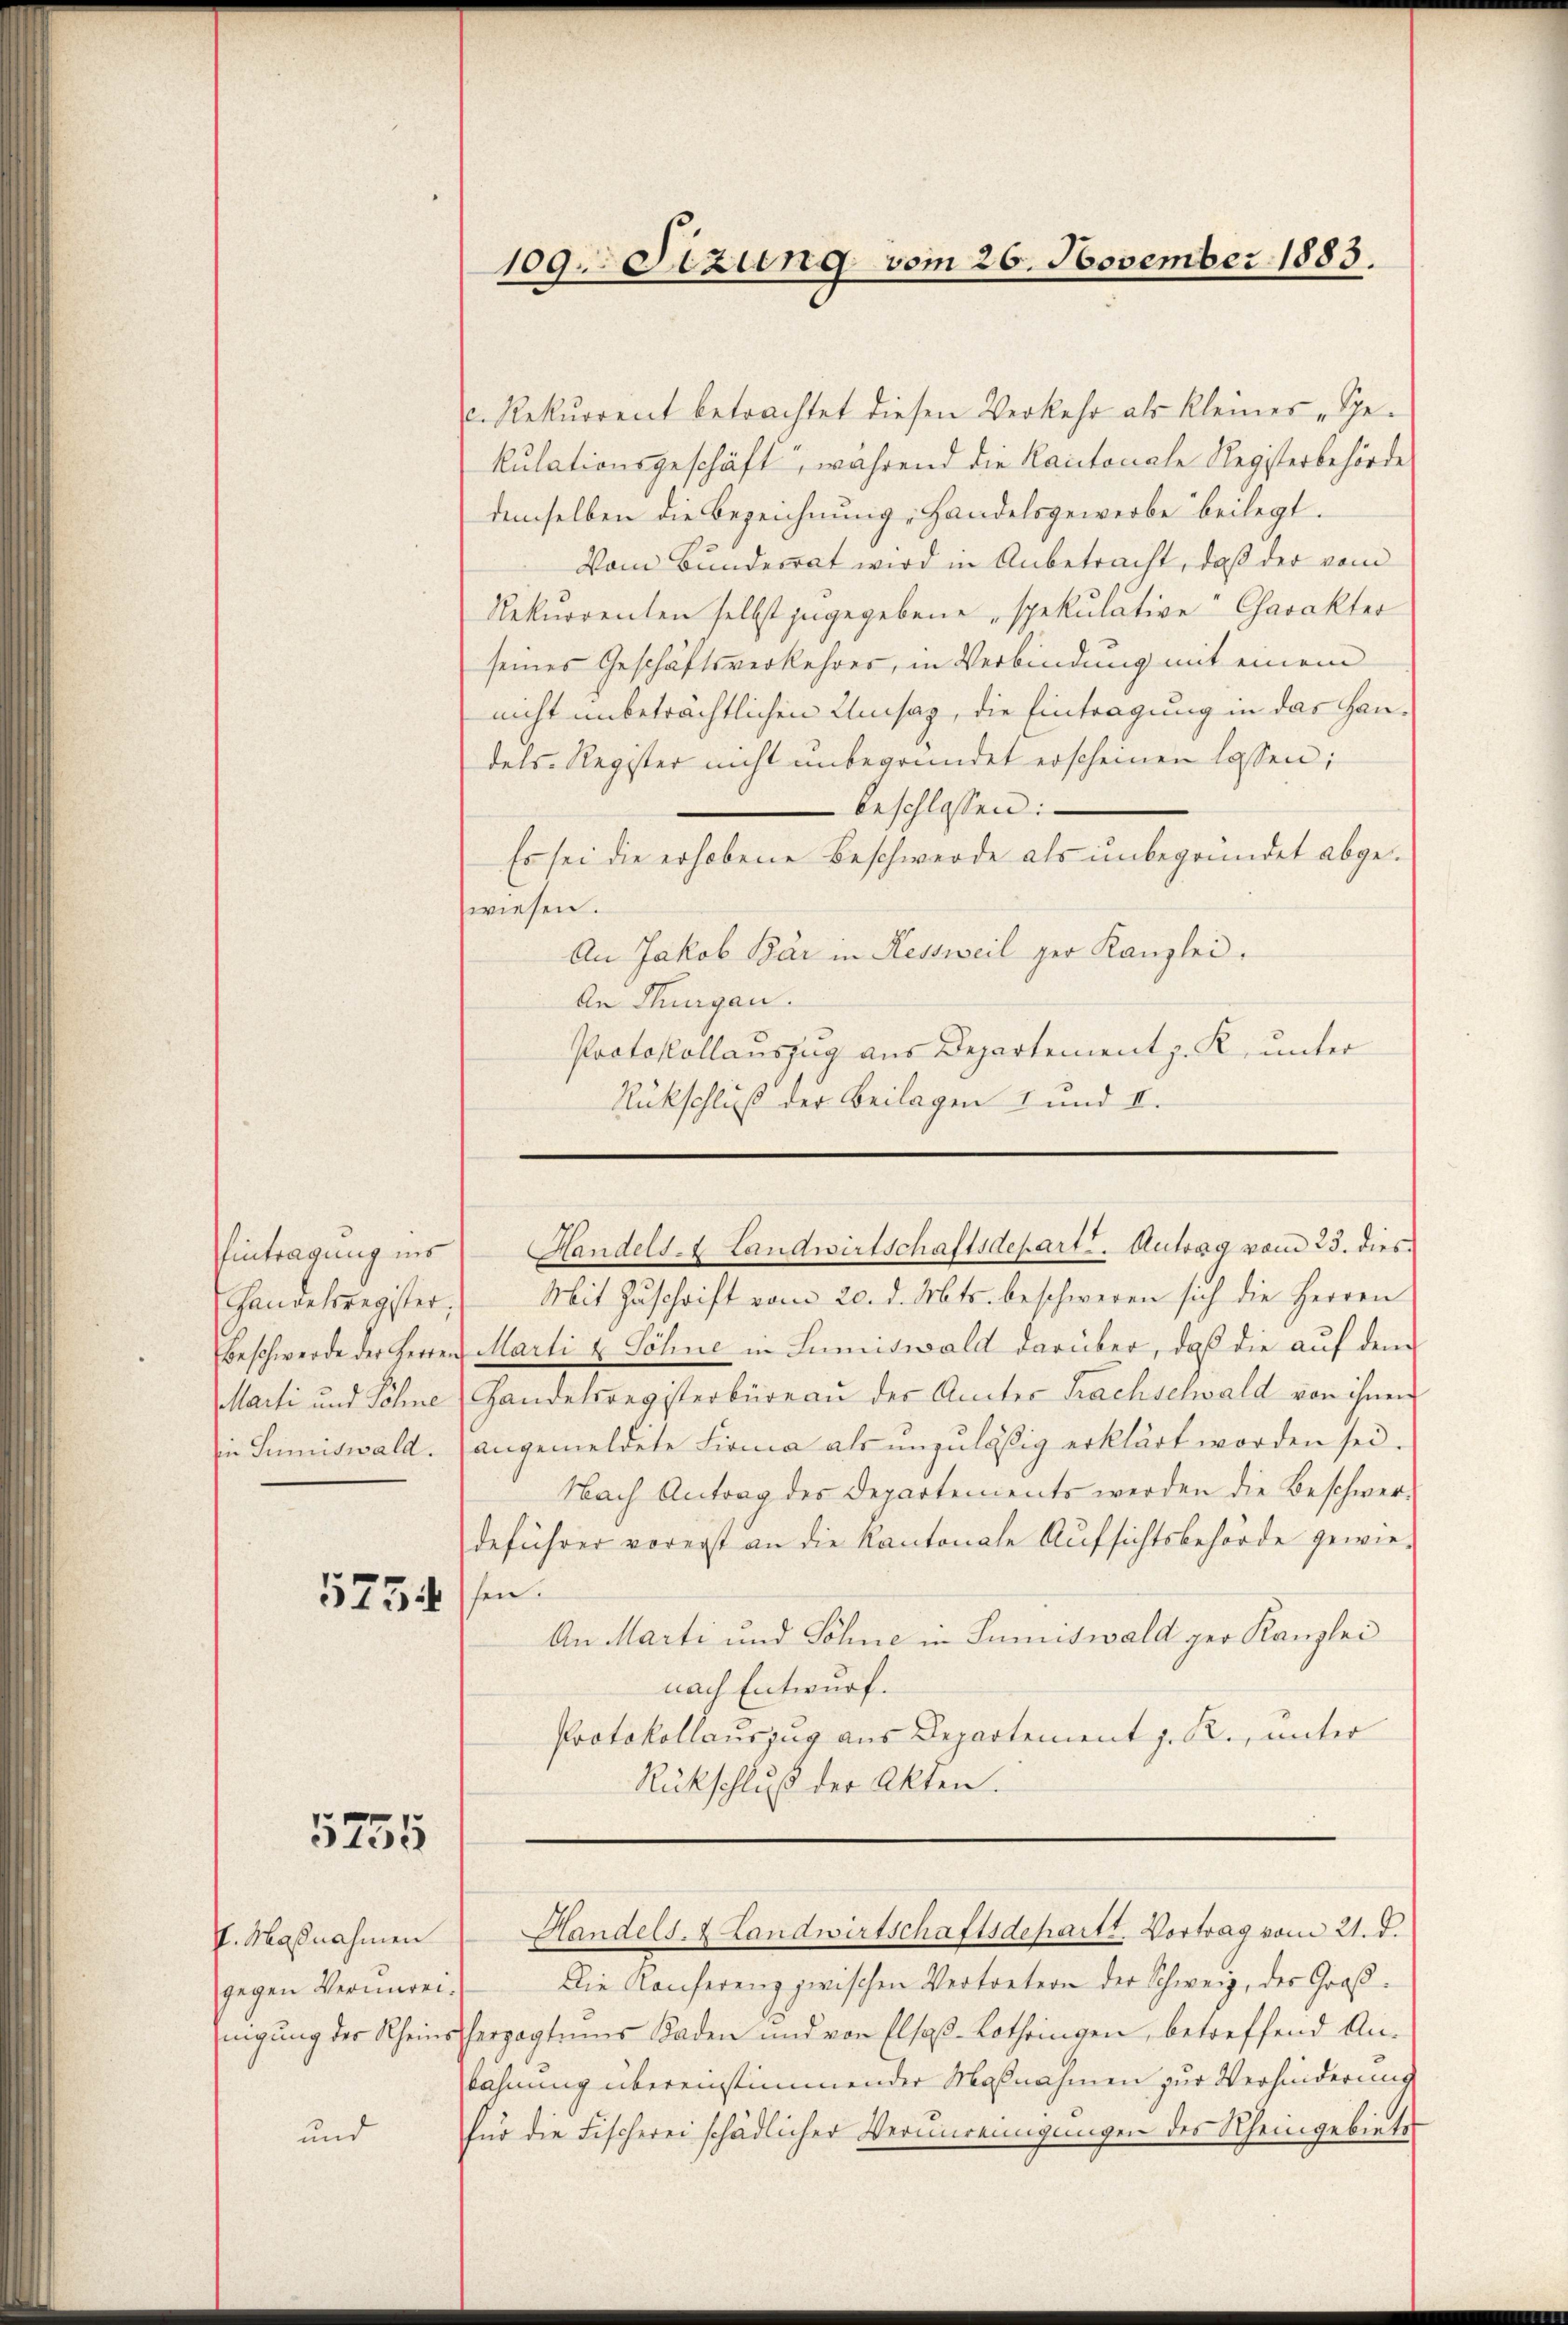
Eintragung ins
Handelsregister,

5255

gegen Verunrei¬

und

5734 ff.

c. Rekurrent betrachtet diesen Verkehr als Kleines „Ge-
kulationsgeschäft, während die Kantonale Registerbehörde
demselben die Bezeichnung, Handelsgewerbe beilegt.
Vom Bunderrat wird in Anbetracht, daß der vom
Rekurrenten selbst zugegebene spekulative Charakter
seines Geschäftsverkehres, in Verbindung mit einem
nicht unbeträchtlichen Umsag, die Eintragung in das Handels Register nicht unbegründet erscheinen lassen;
beschlossen:
Es sei die erhobene Beschwerde als unbegründet abgewiesen.
An Jakob Bär in Kessweil ger Kanzlei.
An Thurgau.
Protokollauszug aus Departement z. R. unter
Rückschluß der Beilagen 1 und II.

109. Sizung vom 26. November 1883.

Handels- & Landwirtschaftsdepart. Antrag vom 23. dies

Mit Zuschrift vom 20. d. Mts. beschweren sich die Herren
Beschwerde der Herren Marti u. Söhne in Sumiswald darüber, daß die auf dem
Marti und Söhne Handelsregisterbüreaŭ der Amter Frachschwald von ihnen
in Sumiswald. angemeldete Firma als unzuläßig erklärt worden sei.
Nach Antrag des Departements werden die Beschwerdeführer vorerst an die Kantonale Aufsichtsbehörde gewie¬
An Marti und Söhne in Sumiswald ger Kanzlei
nach Entwurf.
Protokollauszug aus Departement z. R., unter
Rückschluß der Akten.
VI. Maßnahmen Handels- & Landwirtschaftsdepartt. Vortrag vom 21. d.
Die Konferenz zwischen Vertretern der Schweiz, der Großnigŭng der Rheinsherzogtums Baden und von Elsaβ-Lothringen, betreffend An-
bahnung übereinstimmender Maßnahmen zur Verhinderung
für die Fischerei schädlicher Verunreinigungen des Rheingebietes